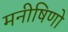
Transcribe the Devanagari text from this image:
मनीषिणो